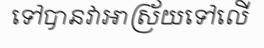
ទៅបានវាអាស្រ័យទៅលើ